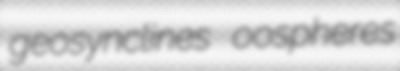
geosynclines oospheres